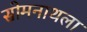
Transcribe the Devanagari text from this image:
सोमनाथला